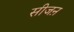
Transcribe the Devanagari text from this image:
सीजऩ